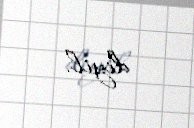
deyil.